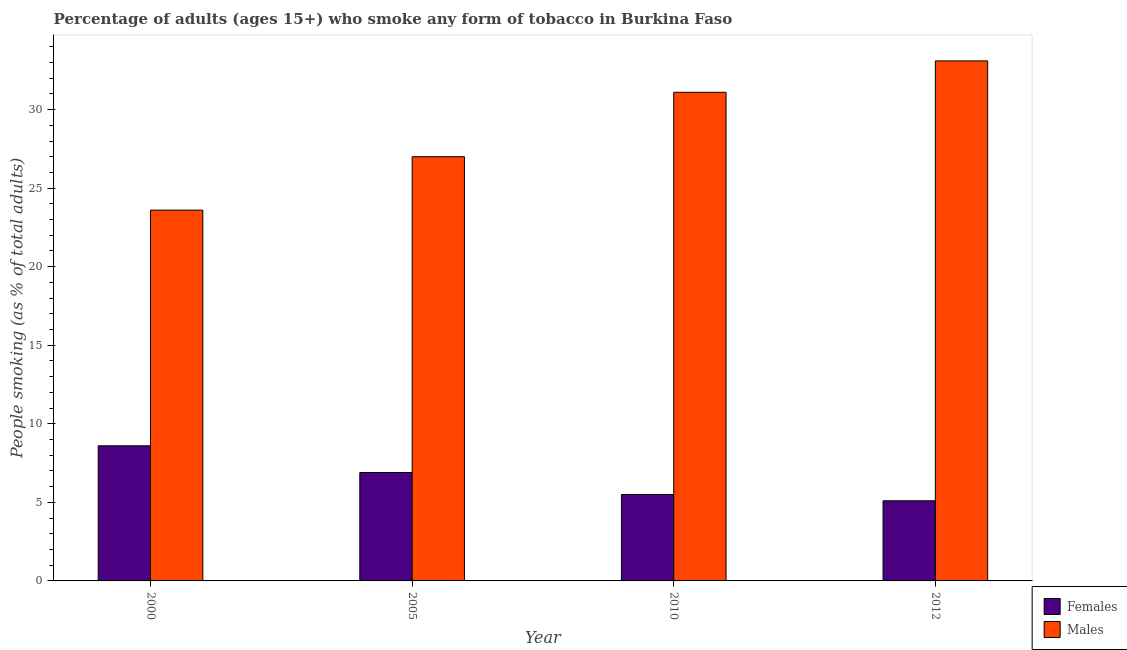
| Year | Females | Males |
 | --- | --- | --- |
 | 2000 | 8.6 | 23.6 |
 | 2005 | 6.9 | 27 |
 | 2010 | 5.5 | 31.1 |
 | 2012 | 5.1 | 33.1 |